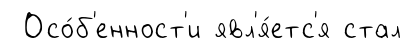
Осо́б'енност'и явл'я́етс'я стал